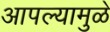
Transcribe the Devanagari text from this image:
आपल्यामुळे